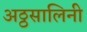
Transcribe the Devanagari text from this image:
अठ्ठसालिनी